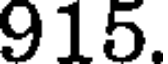
915.